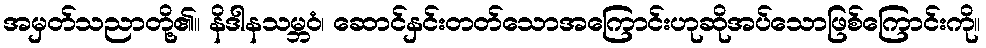
အမှတ်သညာတို့၏။ နိဒါနသမ္ဘဝံ၊ ဆောင်နှင်းတတ်သောအကြောင်းဟုဆိုအပ်သောဖြစ်ကြောင်းကို။